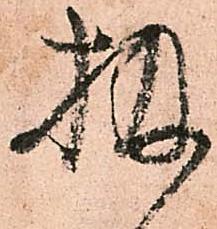
扱